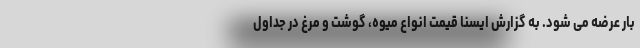
بار عرضه می شود. به گزارش ایسنا قیمت انواع میوه، گوشت و مرغ در جداول